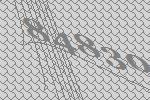
84830